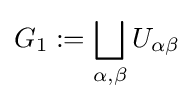
G_{1}:=\bigsqcup _{\alpha ,\beta }U_{\alpha \beta }